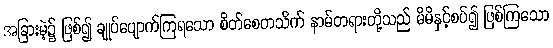
အခြားမဲ့၌ ဖြစ်၍ ချုပ်ပျောက်ကြရသော စိတ်စေတသိက် နာမ်တရားတို့သည် မိမိနှင့်စပ်၍ ဖြစ်ကြသော